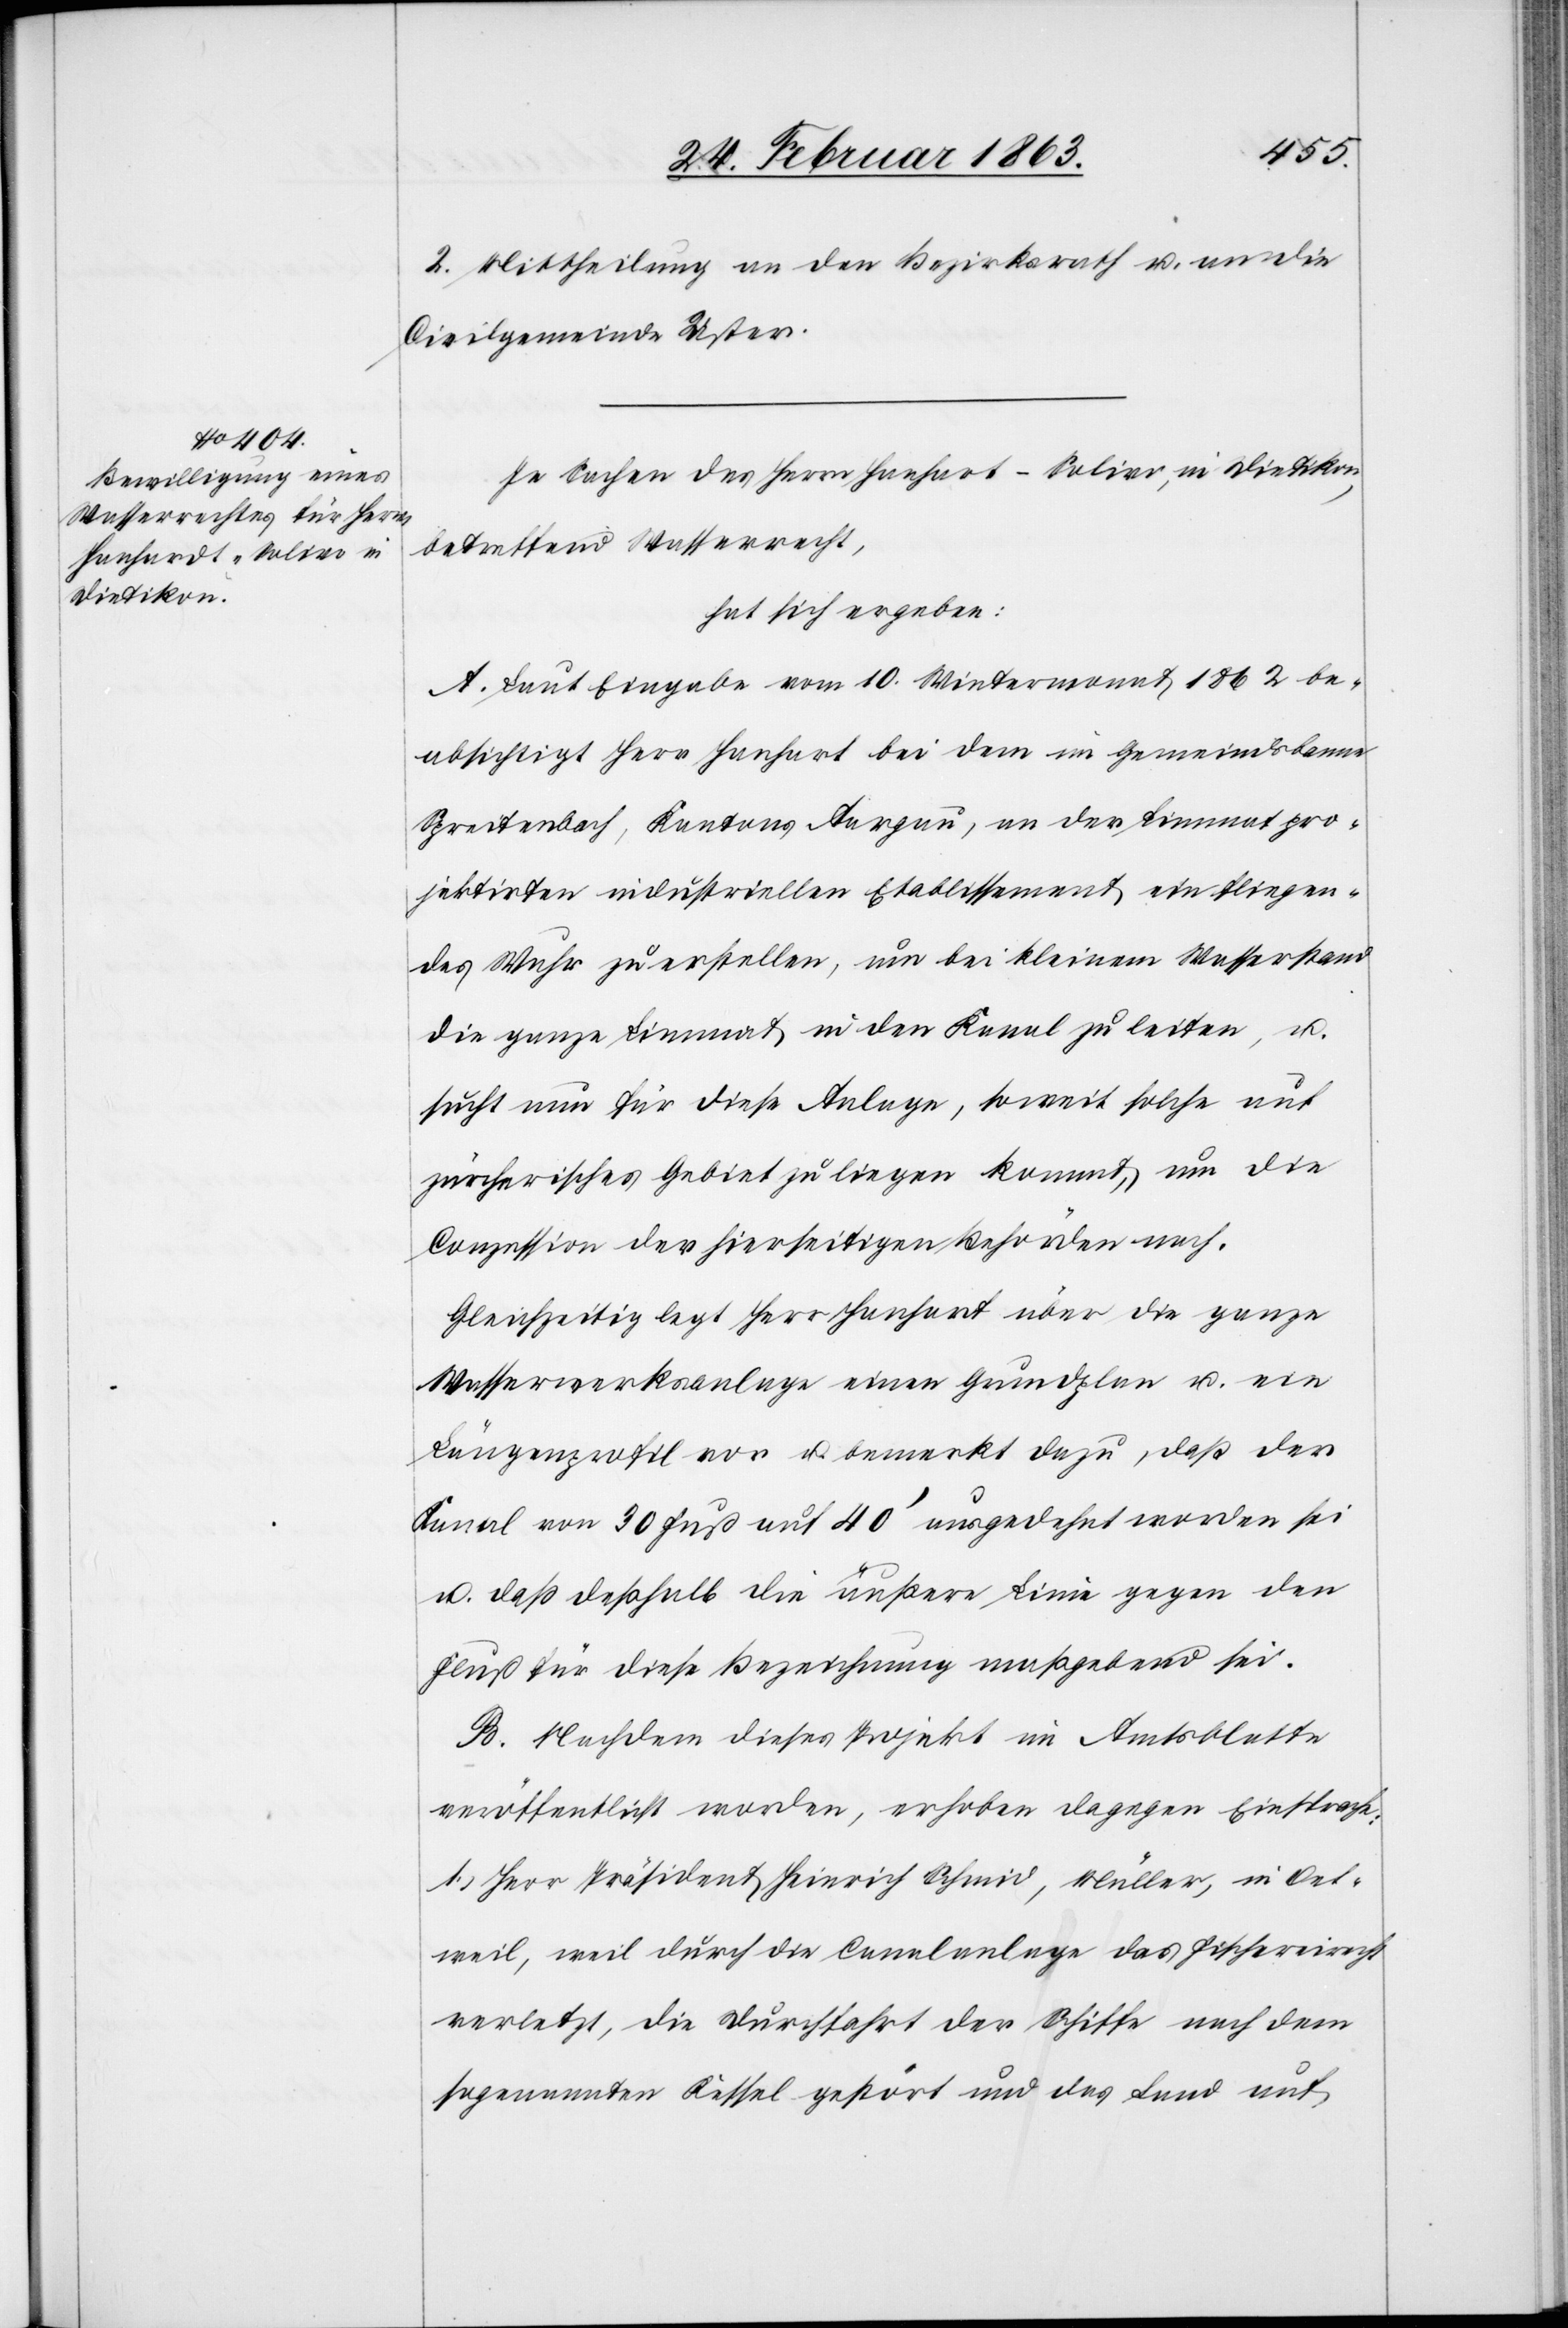
2. Mittheilung an den Bezirksrath u. an die
Civilgemeinde Uster.
In Sachen des Herrn Hanhart-Solier [sic!], in Dietikon,
betreffend Wasserrecht,
hat sich ergeben:
A. Laut Eingabe vom 10. Wintermonat 1862 be¬
absichtigt Herr Hanhart bei dem im Gemeindsbanne
Spreitenbach, Kantons Aargau, an der Limmat pro¬
jektirten industriellen Etablissement ein fliegen¬
des Wuhr zu erstellen, um bei kleinem Wasserstand
die ganze Limmat in den Kanal zu leiten, u.
sucht nun für diese Anlage, soweit solche auf
zürcherisches Gebiet zu liegen kommt, um die
Conzession der hierseitigen Behörden nach.
Gleichzeitig legt Herr Hanhart über die ganze
Wasserwerksanlage einen Grundplan u. ein
Längenprofil vor u. bemerkt dazu, daß der
Kanal von 30 Fuß auf 40' ausgedehnt worden sei
u. daß deßhalb die äußere Linie gegen den
Fluß für diese Bezeichnung maßgebend sei.
B. Nachdem dieses Projekt im Amtsblatte
veröffentlicht worden, erhoben dagegen Einsprache:
1.) Herr Präsident Heinrich Schmid, Müller, in Oet¬
weil, weil durch die Canalanlage das Fischereirecht
verletzt, die Durchfahrt der Schiffe nach dem
sogenannten Kessel gestört und das Land auf